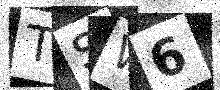
Text: TSW6